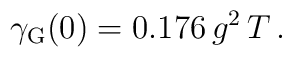
\gamma_{\rm G}(0)=0.176 \,g^2 \,T \,.